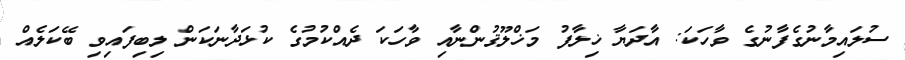
ސުލައިމާނުގެފާނުގެ ވާހަކަ: އާދަޔާ ޚިލާފު މަޚްލޫޤުންނާއި ވާހަކަ ދެއްކުމުގެ ކުޅަދާނަކަން ލިބިފައިވި ބޭކަލެއް